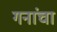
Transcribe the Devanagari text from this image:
गनांचा